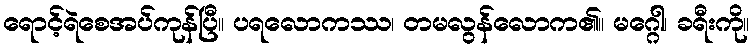
ရောင့်ရဲစေအပ်ကုန်ပြီ။ ပရလောကဿ၊ တမလွန်လောက၏။ မဂ္ဂေါ၊ ခရီးကို။